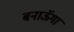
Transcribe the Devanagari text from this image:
बनाऊॅगा